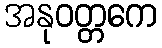
အနုဝတ္တကေ